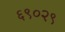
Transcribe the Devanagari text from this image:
६९०२९